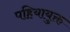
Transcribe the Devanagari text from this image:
पहियायुक्त